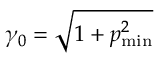
\gamma _ { 0 } = \sqrt { 1 + p _ { \operatorname* { m i n } } ^ { 2 } }